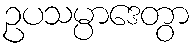
ဥပသမ္ပာဒေတွာ